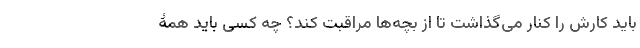
باید کارش را کنار می‌گذاشت تا از بچه‌ها مراقبت کند؟ چه کسی باید همۀ